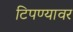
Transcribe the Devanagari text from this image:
टिपण्यावर